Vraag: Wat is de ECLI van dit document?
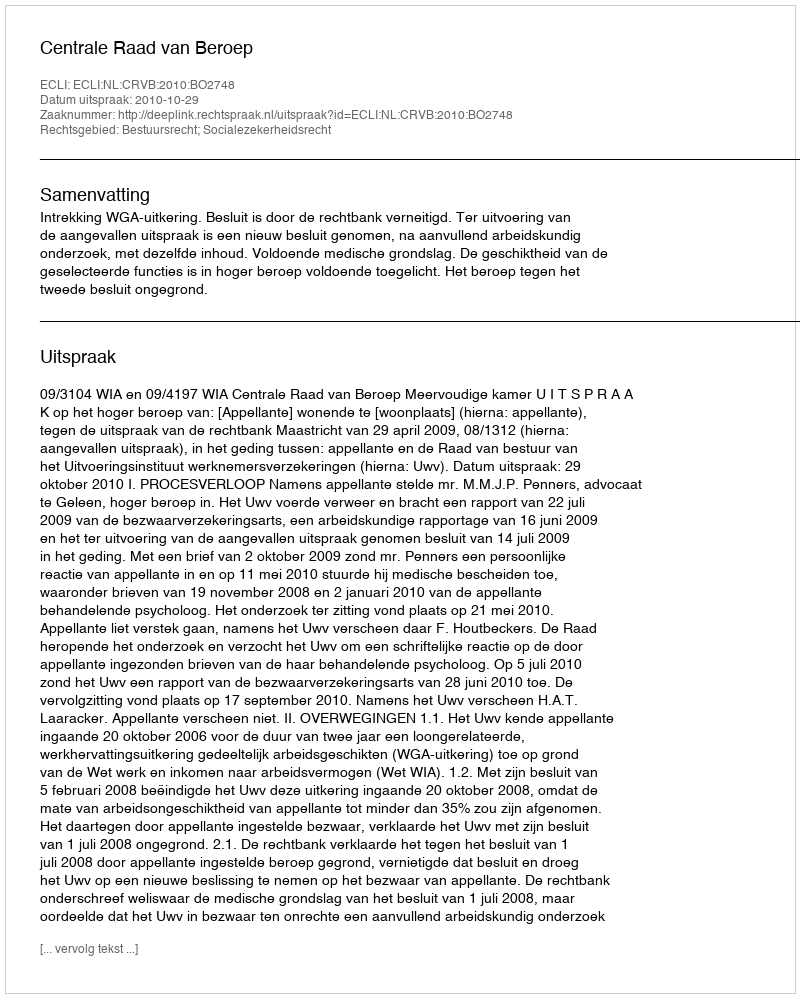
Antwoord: ECLI:NL:CRVB:2010:BO2748